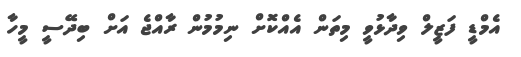
އެމްޑީ ފަޒީލް ވިދާޅުވީ މިތަން އެއްކޮށް ނިމުމުން ރާއްޖެ އަށް ބިދޭސީ މީހާ